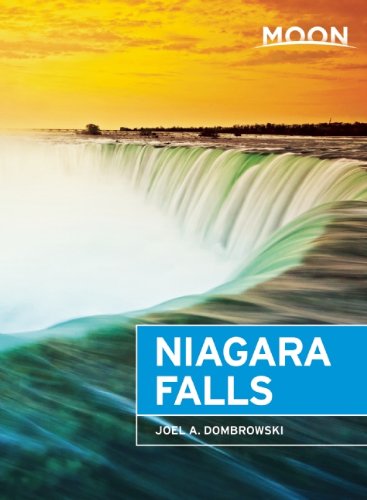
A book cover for Moon Niagara Falls (Moon Handbooks); Joel A. Dombrowski; Travel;